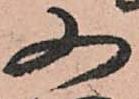
又